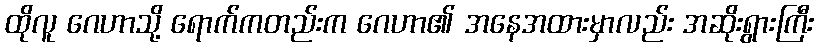
ထိုလူ ဂေဟာသို့ ရောက်ကတည်းက ဂေဟာ၏ အနေအထားမှာလည်း အဆိုးရွားကြီး